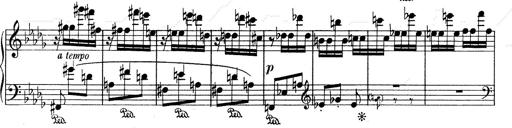
Title: Mephisto Waltz No.1
Composer: Franz Liszt